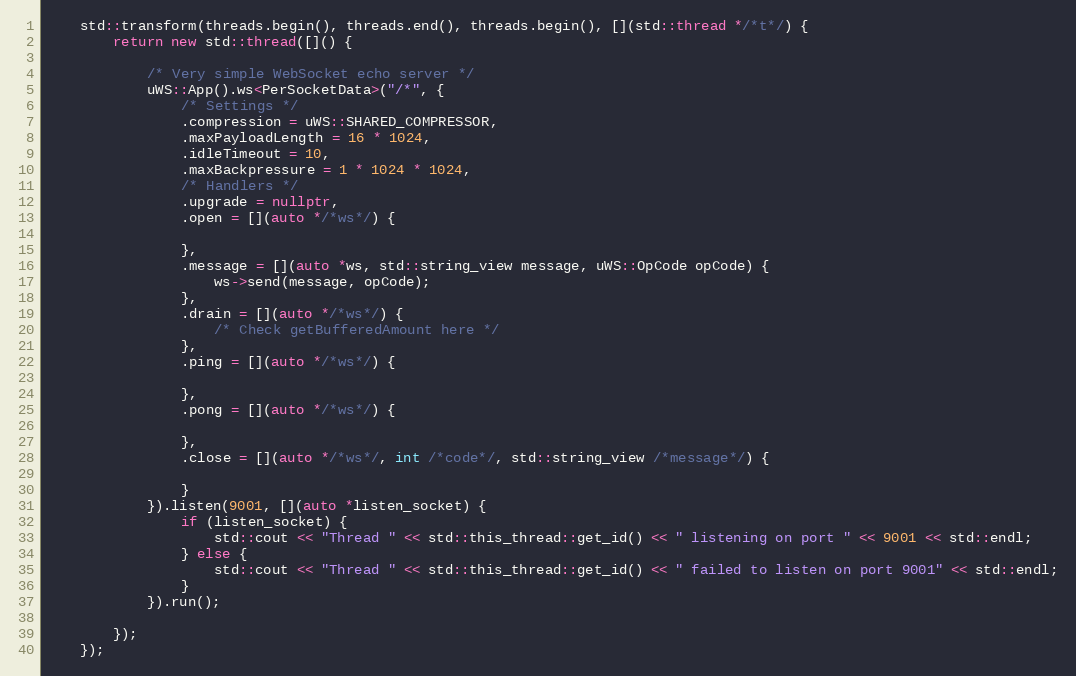
Language: C++
    std::transform(threads.begin(), threads.end(), threads.begin(), [](std::thread */*t*/) {
        return new std::thread([]() {

            /* Very simple WebSocket echo server */
            uWS::App().ws<PerSocketData>("/*", {
                /* Settings */
                .compression = uWS::SHARED_COMPRESSOR,
                .maxPayloadLength = 16 * 1024,
                .idleTimeout = 10,
                .maxBackpressure = 1 * 1024 * 1024,
                /* Handlers */
                .upgrade = nullptr,
                .open = [](auto */*ws*/) {

                },
                .message = [](auto *ws, std::string_view message, uWS::OpCode opCode) {
                    ws->send(message, opCode);
                },
                .drain = [](auto */*ws*/) {
                    /* Check getBufferedAmount here */
                },
                .ping = [](auto */*ws*/) {

                },
                .pong = [](auto */*ws*/) {

                },
                .close = [](auto */*ws*/, int /*code*/, std::string_view /*message*/) {

                }
            }).listen(9001, [](auto *listen_socket) {
                if (listen_socket) {
                    std::cout << "Thread " << std::this_thread::get_id() << " listening on port " << 9001 << std::endl;
                } else {
                    std::cout << "Thread " << std::this_thread::get_id() << " failed to listen on port 9001" << std::endl;
                }
            }).run();

        });
    });